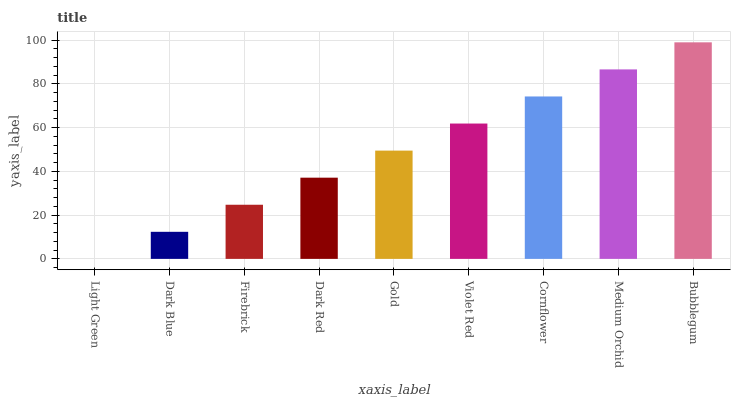
| xaxis_label | bars |
 | --- | --- |
 | Light Green | 0 |
 | Dark Blue | 12.4 |
 | Firebrick | 24.7 |
 | Dark Red | 37.1 |
 | Gold | 49.5 |
 | Violet Red | 61.9 |
 | Cornflower | 74.2 |
 | Medium Orchid | 86.6 |
 | Bubblegum | 99 |